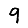
Digit: 9